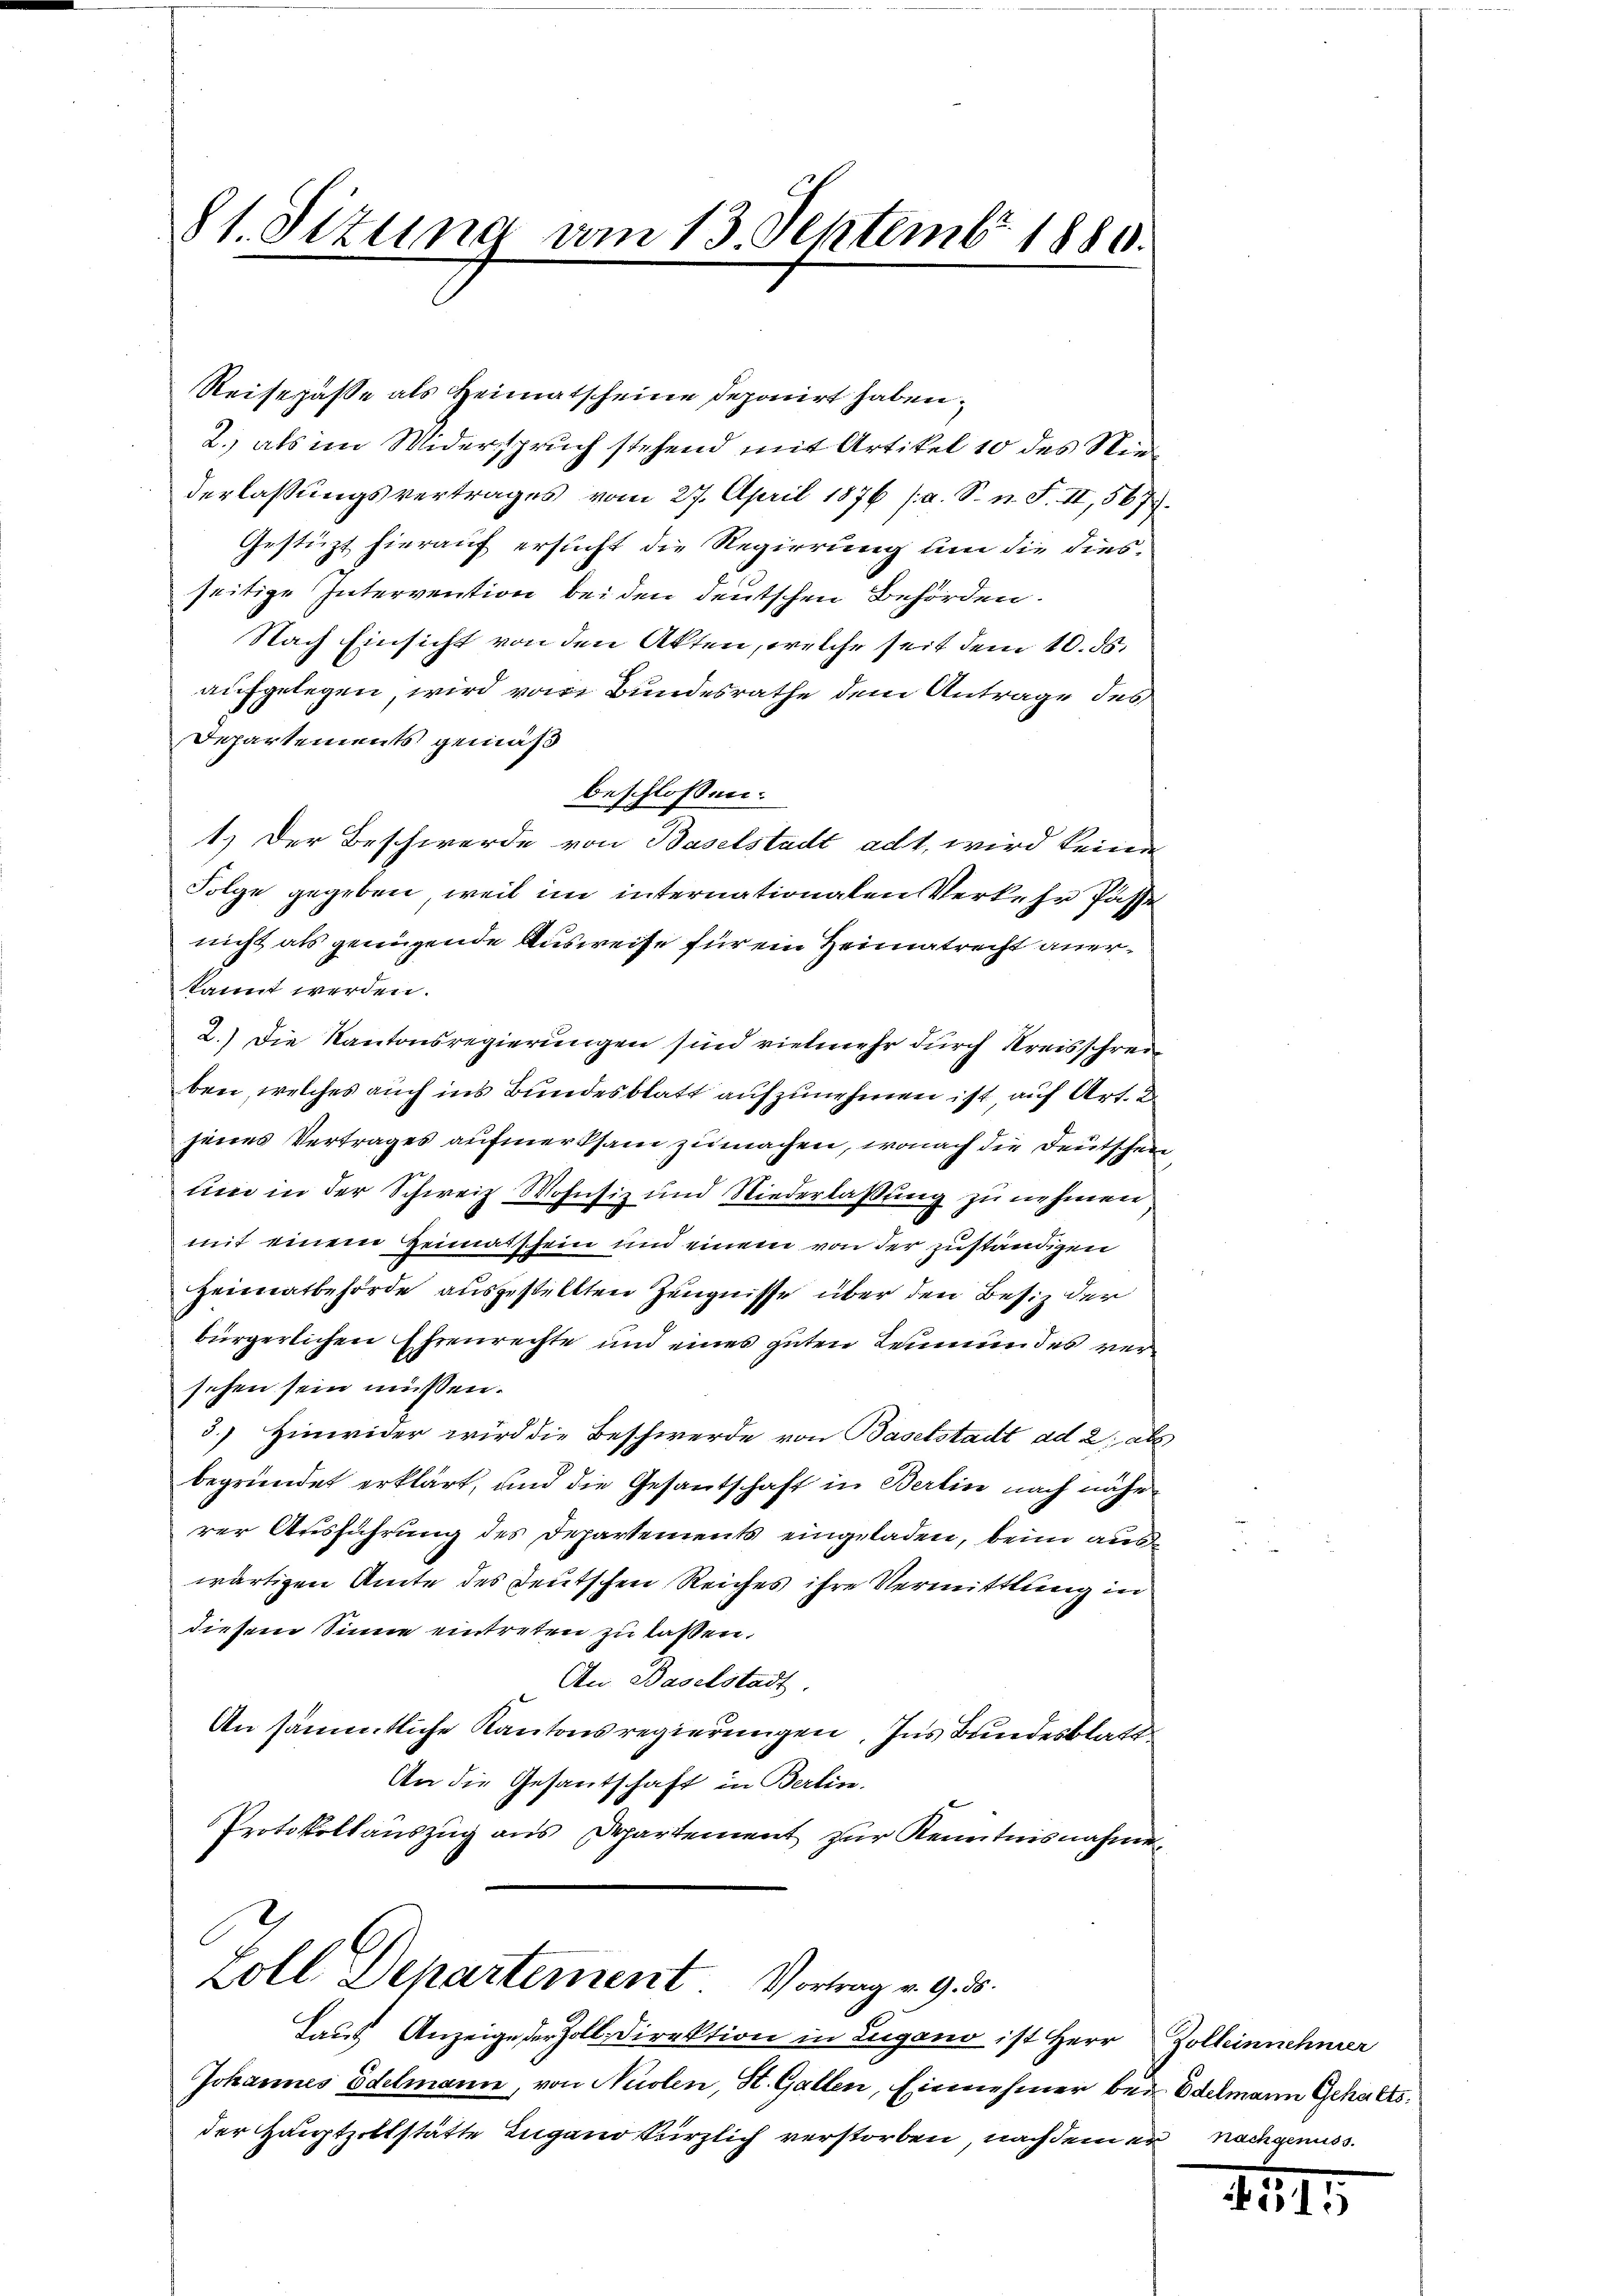
81. Sizung vom 13. Septemb. 1880.

Reisepäße als Heimatscheine deponirt haben,
2.) als im Widerspruch stehend mit Artikel 10 des Wie
derlassungsvertrages vom 27. April 1876 (a. S. n. F. II, 567.
Gestüzt hierauf ersucht die Regierung um die diesseitige Intervention beiden deutschen Behörden.
Nach Einsicht von den Akten, welche seit dem 10. ds.
aufgelegen, wird vom Bundesrathe dem Antrage des
Departements gemäß
beschlossen:
1.) Der Beschwerde von Baselstadt adt, wird keinen
Folge gegeben, weil im internationalen Verkehr fasse
nicht als genügende Ausweise für ein Heimatrecht anerkannt werden.
2.) Die Kantonsregierŭngen sind vielmehr durch Kreisschrei
ben, welches auch ins Bundesblatt aufzunehmen ist, auf Art. 2
jenes Vertrages aufmerksam zu machen, wonach die Deutschein
um in der Schweiz Wohnsiz und Niederlassung zu nehmen
mit einem Heimatschein und einem von der zuständigen
Heimatbehörde ausgestellten Zeugnisse über den Besiz der
bürgerlichen Ehrenrechte und eines guten Leumundes versehen sein müssen.
3.) Hinwider wird die Beschwerde von Baselstadt ad 2, ab.
begründet erklärt, und die Gesandschaft in Berlin nach nähe
rer Ausführung des Departements eingeladen, beim auswärtigen Amte des Deutschen Reiches ihre Vermittlung in
diesem Sinne eintreten zu lassen.
An Baselstadt.
An sämmtliche Kantonsregierungen. Ins Bundesblatt
An die Gesantschaft in Berlin.
Protokollaŭszŭg ans Departement zur Kenntnisnahme
Zoll Departement. Vortrag v. 9. d.
Laut Anzeige der Zoll Direktion in Lugano ist Herr
Johannes Edelmann, von Nuolen, St. Gallen, Einnehmer bei Edelmann Gehaltsder Hauptzollstätte Ingano kürzlich verstorben, nach dem er nachgenuss.

Zolleinnehmer

2515